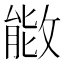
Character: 𫿌